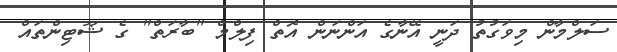
ސަލްމާން މިވަގުތު ދަނީ އޭނާގެ އަންނަން އޮތް ފިލްމް "ބާރަތް" ގެ ޝޫޓިންތައް